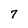
Character: 7